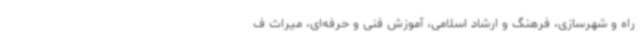
راه و شهرسازی، فرهنگ و ارشاد اسلامی، آموزش فنی و حرفه‌ای، میراث ف